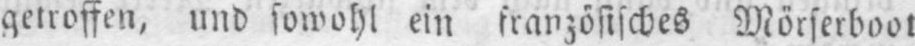
getroffen, und sowohl ein französisches Mörserboot